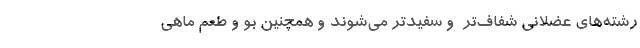
رشته‌های عضلانی شفاف‌تر ‌ و سفیدتر می‌شوند و همچنین بو و طعم ماهی